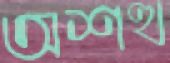
অশত্থ